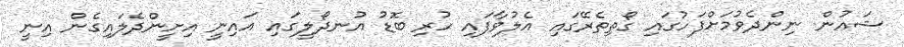
ޝައުން ނިންދެވުމަށްފަހުގައި ގޯތިތެރޭގައި އެލުވާފައި ހުރި ބޮޑު އުނދޯލީގައި އައިނީ އިށީންދެލައިގެން އިނީ